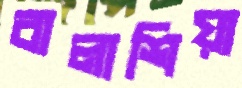
বালাশিয়া